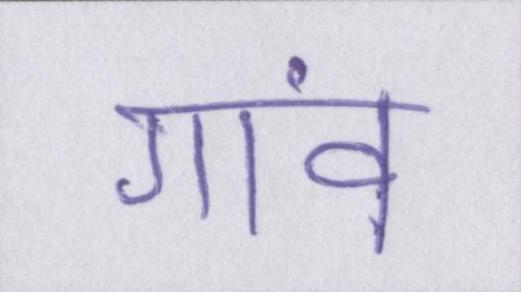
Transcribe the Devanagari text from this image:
गावं